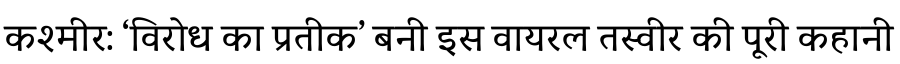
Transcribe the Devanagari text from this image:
कश्मीर: ‘विरोध का प्रतीक’ बनी इस वायरल तस्वीर की पूरी कहानी